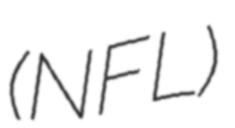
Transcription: (NFL)